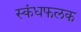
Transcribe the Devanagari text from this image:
स्कंधफलक